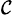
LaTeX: _\mathcal{C}